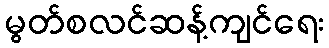
မွတ်စလင်ဆန့်ကျင်ရေး